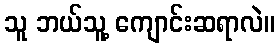
သူ ဘယ်သူ့ ကျောင်းဆရာလဲ။